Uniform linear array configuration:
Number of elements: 12
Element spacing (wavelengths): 0.5
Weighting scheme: hann
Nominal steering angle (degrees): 60
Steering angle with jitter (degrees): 61.882
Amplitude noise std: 0.05
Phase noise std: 0.05

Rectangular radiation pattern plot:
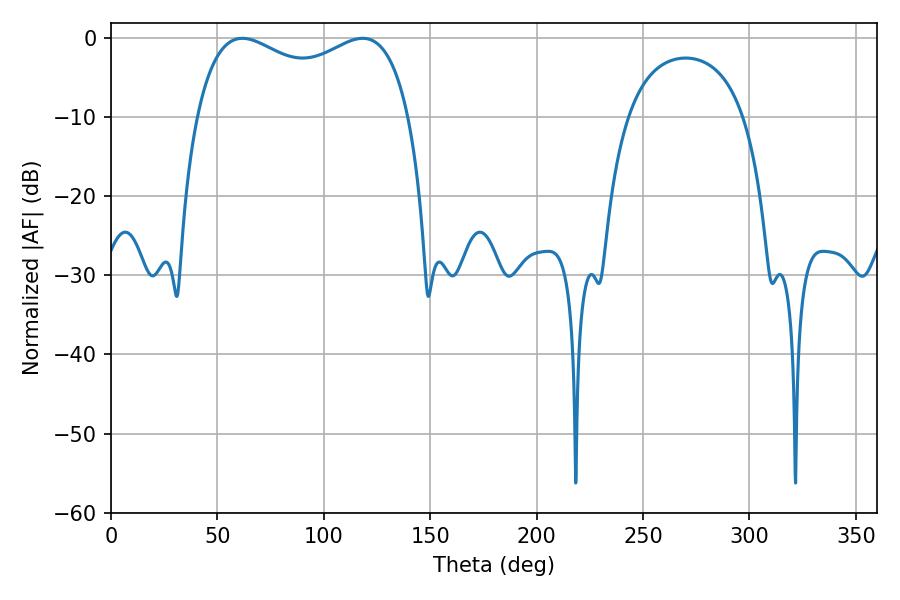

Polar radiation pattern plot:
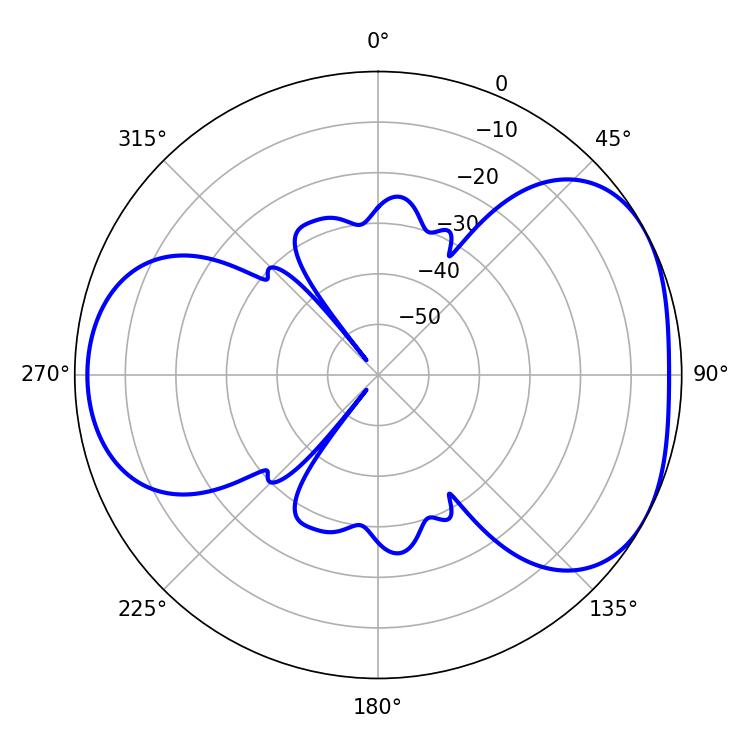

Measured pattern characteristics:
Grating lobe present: FALSE
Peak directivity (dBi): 4.426
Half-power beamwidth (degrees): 82.8
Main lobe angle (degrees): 61.74